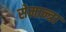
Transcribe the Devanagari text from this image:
सेमान्त्रा